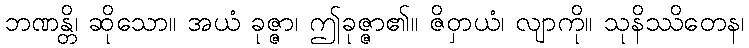
ဘဏန္တိ၊ ဆိုသော။ အယံ ခုဇ္ဇာ၊ ဤခုဇ္ဇာ၏။ ဇိဝှာယံ၊ လျာကို။ သုနိဿိတေန၊